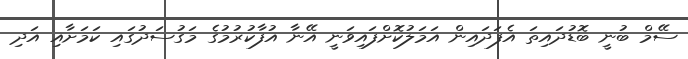
ސޭމް ބުނީ ބޮޑުދައިތަ އެފަދައިން އަމަލުކޮށްފައިވަނީ އޭނާ އުފާކުރުމުގެ މަގުސަދުގައި ކަމަށާއި އަދި